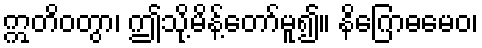
ဣတိဝတွာ၊ ဤသို့မိန့်တော်မူ၍။ နိဂြောဓမေဝ၊